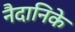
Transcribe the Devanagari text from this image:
नैदानिके